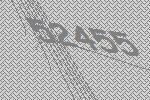
52455